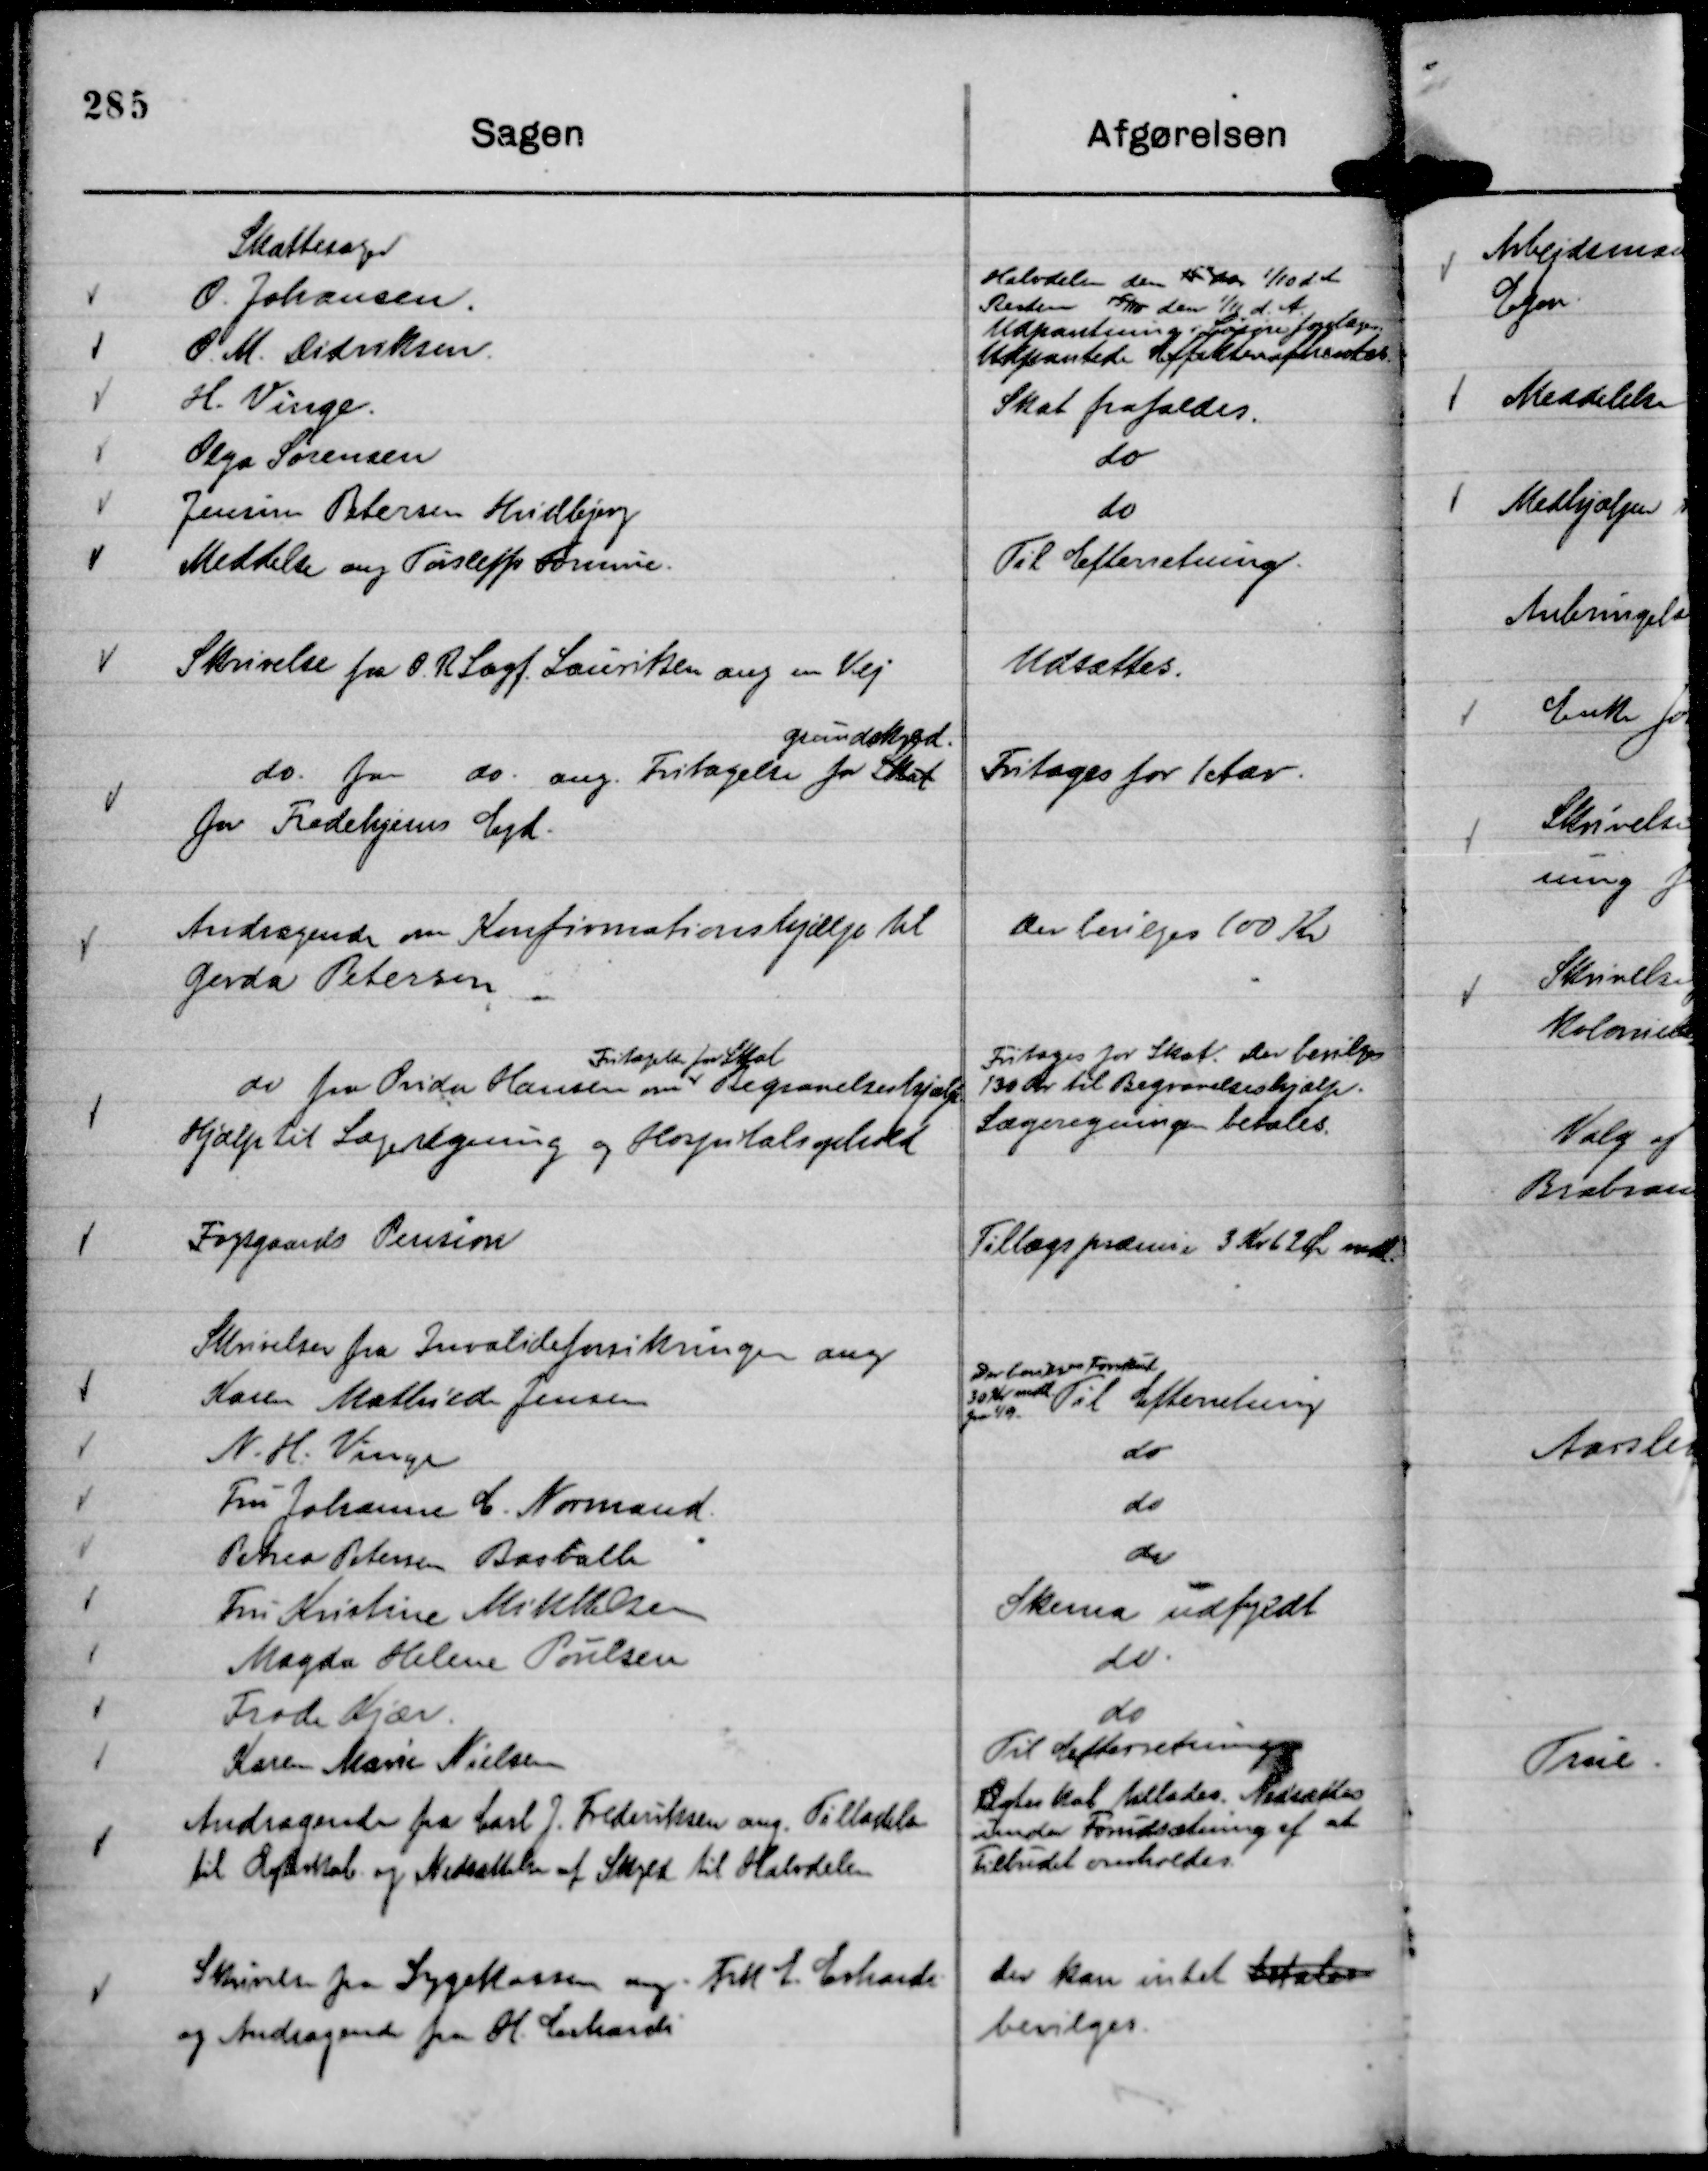
Transskription:
Meddelse ang Tørleffs Formue.

Til Efterretning.

Skrivelse fra O. R Sagf Lauritzen ang en Vej

Udsættes.

do. fra do. ang. Fritagelse for Skat
grundskyld.
for Fredehjems Ejd.

Fritages for 1 Aar.

Andragende om Konfirmationshjælp til
Gerda Petersen

Der bevilges 100 Kr

do fra Ovida Hansen om
Fritagelse for Skat
Begravelseshjælp
Hjælp til Lægeregning og Hospitalsophold

Fritages for Skat. Der bevilges
130 Kr til Begravelseshjælp.
Lægeregningen betales.

Fogsgaards Pension

Tillægspræmie 3 Kr 62 Ør mdl.

Andragende fra Carl J. Frederiksen ang. Tilladelse
til Ægteskab Nedsættelse af Skyld til Halvdelen

Ægteskab tillades. Nedsættes
under Forudsætning af at
Tilbudet overholdes.

Skrivelse fra Sygekassen ang. Frk E. Erhardi
og Andragende fra H. Erhardi

Der kan intet betales
bevilges.